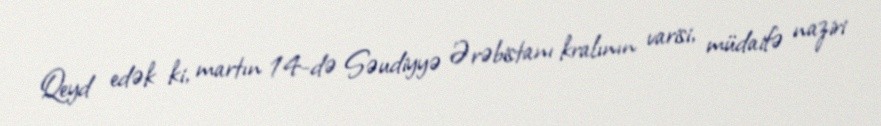
Qeyd edək ki, martın 14-də Səudiyyə Ərəbistanı kralının varisi, müdaifə naziri